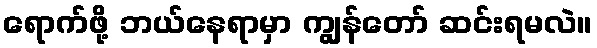
ရောက်ဖို့ ဘယ်နေရာမှာ ကျွန်တော် ဆင်းရမလဲ။